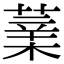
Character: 𦸯